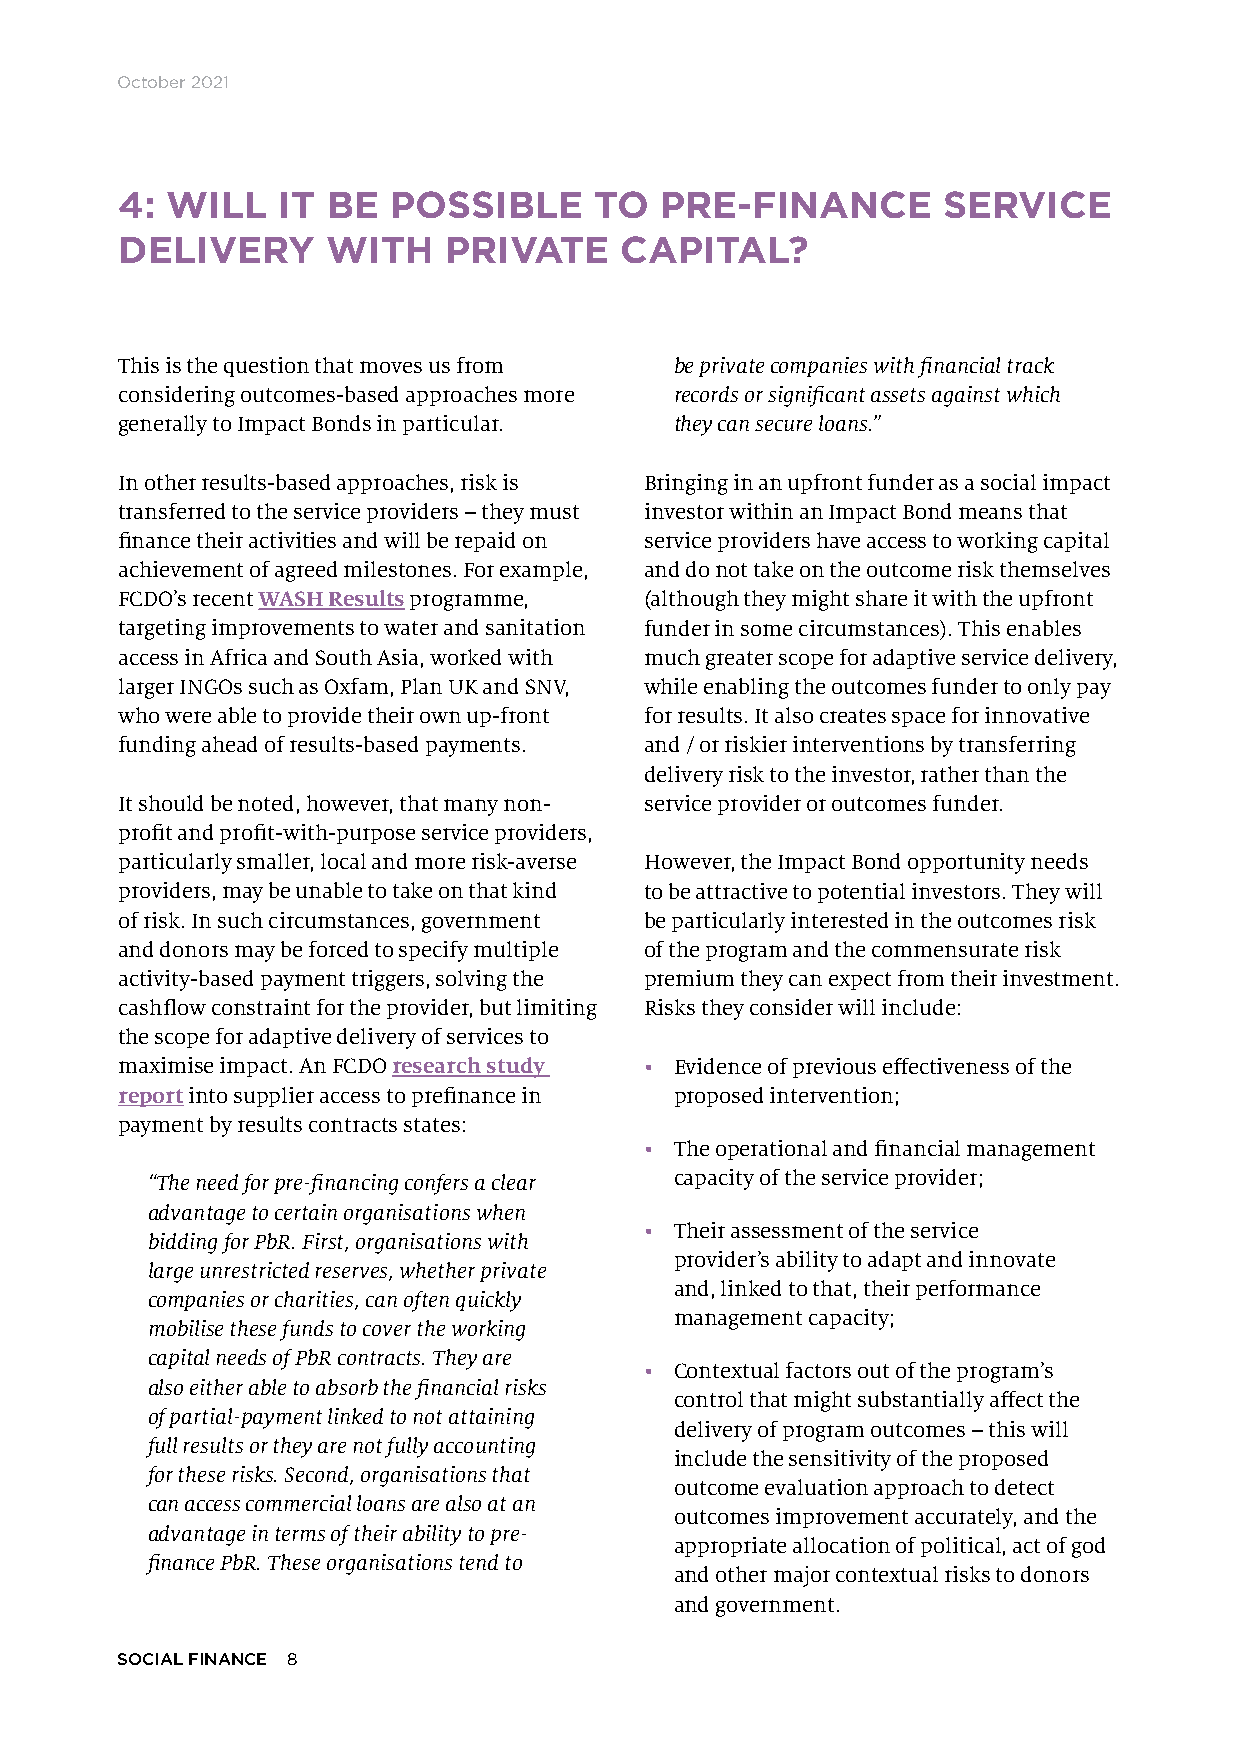
October 2021
 4: WILL   IT  BE  POSSIBLE     TO   PRE-FINANCE       SERVICE
 DELIVERY      WITH   PRIVATE     CAPITAL?
 This is the question that moves us from be private companies with financial track
 considering outcomes-based approaches more records or significant assets against which
 generally to Impact Bonds in particular. they can secure loans.”
 In other results-based approaches, risk is Bringing in an upfront funder as a social impact
 transferred to the service providers – they must investor within an Impact Bond means that
 finance their activities and will be repaid on service providers have access to working capital
 achievement of agreed milestones. For example, and do not take on the outcome risk themselves
 FCDO’s recent WASH Results programme, (although they might share it with the upfront
 targeting improvements to water and sanitation funder in some circumstances). This enables
 access in Africa and South Asia, worked with much greater scope for adaptive service delivery,
 larger INGOs such as Oxfam, Plan UK and SNV, while enabling the outcomes funder to only pay
 who were able to provide their own up-front for results. It also creates space for innovative
 funding ahead of results-based payments. and / or riskier interventions by transferring
 delivery risk to the investor, rather than the
 It should be noted, however, that many non- service provider or outcomes funder.
 profit and profit-with-purpose service providers,
 particularly smaller, local and more risk-averse However, the Impact Bond opportunity needs
 providers, may be unable to take on that kind to be attractive to potential investors. They will
 of risk. In such circumstances, government be particularly interested in the outcomes risk
 and donors may be forced to specify multiple of the program and the commensurate risk
 activity-based payment triggers, solving the premium they can expect from their investment.
 cashflow constraint for the provider, but limiting Risks they consider will include:
 the scope for adaptive delivery of services to
 maximise impact. An FCDO research study • Evidence of previous effectiveness of the
 report into supplier access to prefinance in proposed intervention;
 payment by results contracts states:
 • The operational and financial management
 “The need for pre-financing confers a clear capacity of the service provider;
 advantage to certain organisations when
 • Their assessment of the service
 bidding for PbR. First, organisations with
 provider’s ability to adapt and innovate
 large unrestricted reserves, whether private
 and, linked to that, their performance
 companies or charities, can often quickly
 management capacity;
 mobilise these funds to cover the working
 capital needs of PbR contracts. They are
 • Contextual factors out of the program’s
 also either able to absorb the financial risks
 control that might substantially affect the
 of partial-payment linked to not attaining
 delivery of program outcomes – this will
 full results or they are not fully accounting
 include the sensitivity of the proposed
 for these risks. Second, organisations that
 outcome evaluation approach to detect
 can access commercial loans are also at an
 outcomes improvement accurately, and the
 advantage in terms of their ability to pre-
 appropriate allocation of political, act of god
 finance PbR. These organisations tend to
 and other major contextual risks to donors
 and government.
 SOCIAL FINANCE 8